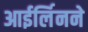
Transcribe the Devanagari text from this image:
आईर्लिनने